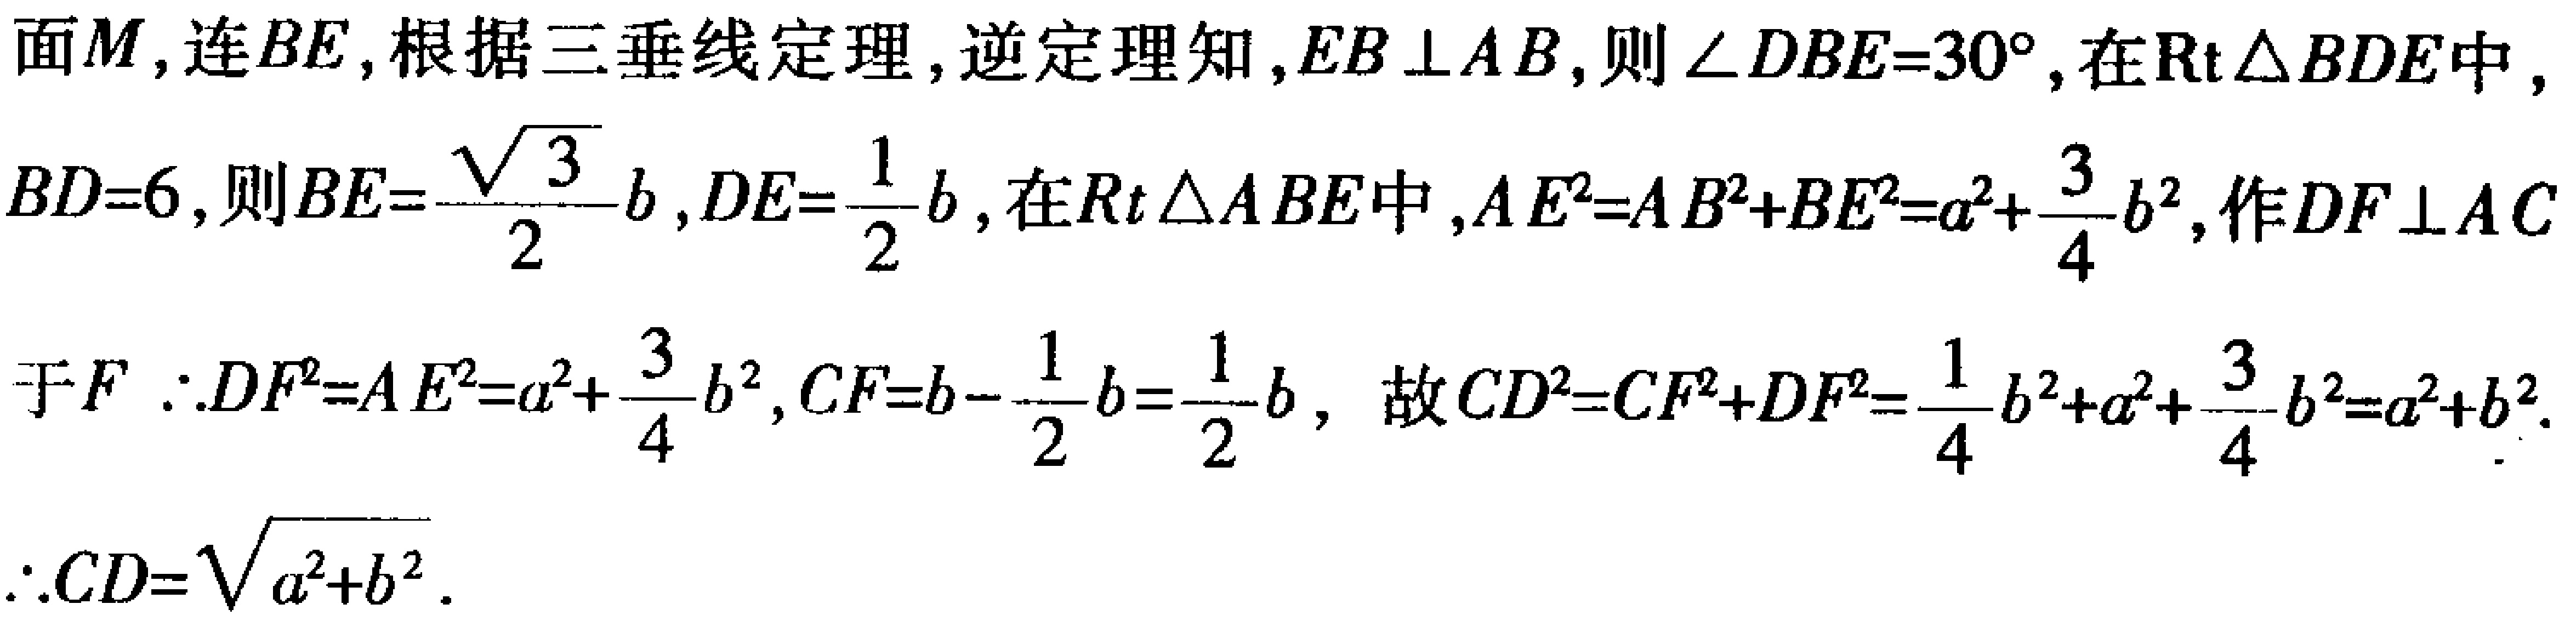
面\(M\)，连\(BE\)，根据三垂线定理，逆定理知，\(EB \perp AB\)，则\(\angle DBE = 30^{\circ}\)，在\(\text{Rt} \triangle BDE\)中，\(BD = 6\)，则\(BE=\frac{\sqrt{3}}{2}b\)，\(DE = \frac{1}{2}b\)，在\(Rt\triangle ABE\)中，\(AE^{2}=AB^{2}+BE^{2}=a^{2}+\frac{3}{4}b^{2}\)，作\(DF \perp AC\)于\(F\) \(\therefore DF^{2}=AE^{2}=a^{2}+\frac{3}{4}b^{2}\)，\(CF = b-\frac{1}{2}b=\frac{1}{2}b\)，故\(CD^{2}=CF^{2}+DF^{2}=\frac{1}{4}b^{2}+a^{2}+\frac{3}{4}b^{2}=a^{2}+b^{2}\).

\(\therefore CD = \sqrt{a^{2}+b^{2}}\).